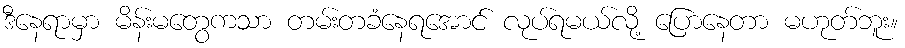
ဒီနေရာမှာ မိန်းမတွေကသာ တမ်းတခံနေရအောင် လုပ်ရမယ်လို့ ပြောနေတာ မဟုတ်ဘူး။